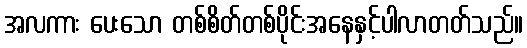
အလကား ပေးသော တစ်စိတ်တစ်ပိုင်းအနေနှင့်ပါလာတတ်သည်။